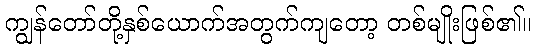
ကျွန်တော်တို့နှစ်ယောက်အတွက်ကျတော့ တစ်မျိုးဖြစ်၏။